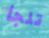
تلجأ